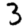
Digit: 3